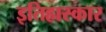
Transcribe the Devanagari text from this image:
इतिहास्कार